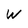
Character: W